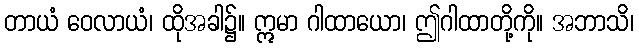
တာယံ ဝေလာယံ၊ ထိုအခါ၌။ ဣမာ ဂါထာယော၊ ဤဂါထာတို့ကို။ အဘာသိ၊